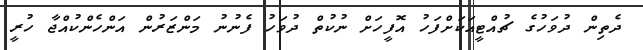
ދެތިން ދުވަހުގެ ޗުއްޓީއަކަށްފަހު އޮފީހަށް ނުކުތް ދުވަހު ފެނުނު މަންޒަރުން އަންހެންކުއްޖާ ހުރީ